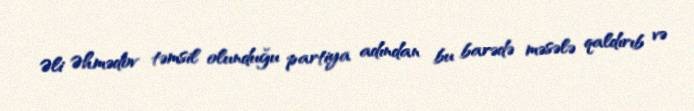
Əli Əhmədov təmsil olunduğu partiya adından bu barədə məsələ qaldırıb və